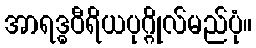
အာရဒ္ဓဝီရိယပုဂ္ဂိုလ်မည်ပုံ။